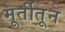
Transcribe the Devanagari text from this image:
मूर्तीतून